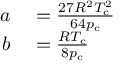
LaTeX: \begin{array} { r l } { a } & { { } = { \frac { 2 7 R ^ { 2 } T _ { \mathrm { c } } ^ { 2 } } { 6 4 p _ { \mathrm { c } } } } } \\ { b } & { { } = { \frac { R T _ { \mathrm { c } } } { 8 p _ { \mathrm { c } } } } } \end{array}